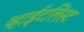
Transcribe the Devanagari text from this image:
व्हाईटलिस्ट